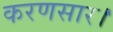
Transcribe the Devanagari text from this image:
करणसार।